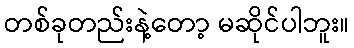
တစ်ခုတည်းနဲ့တော့ မဆိုင်ပါဘူး။